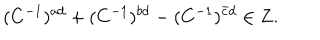
( C ^ { - 1 } ) ^ { a d } + ( C ^ { - 1 } ) ^ { b d } - ( C ^ { - 1 } ) ^ { \bar { c } d } \in { \bf Z } .